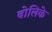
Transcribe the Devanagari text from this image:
बोलिके